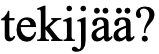
tekijää?